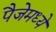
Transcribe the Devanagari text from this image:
पैजेमध्ये